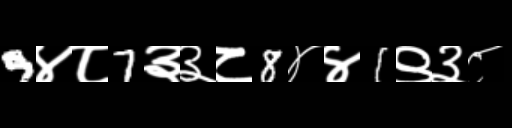
Text: 9४८7३३८8४४1९३८